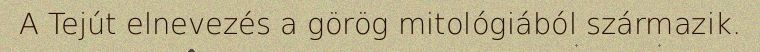
A Tejút elnevezés a görög mitológiából származik.